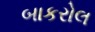
બાકરોલ